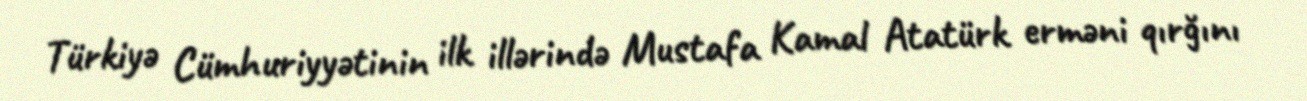
Türkiyə Cümhuriyyətinin ilk illərində Mustafa Kamal Atatürk erməni qırğını